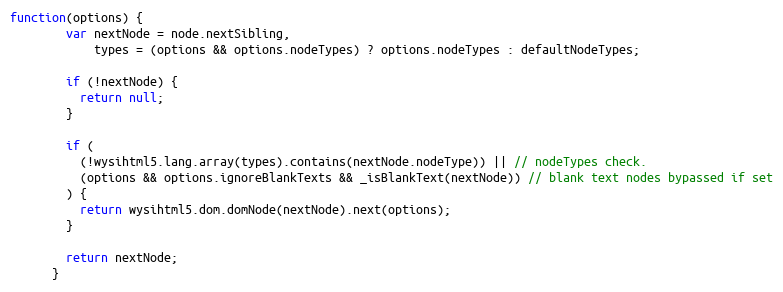
Language: JavaScript
function(options) {
        var nextNode = node.nextSibling,
            types = (options && options.nodeTypes) ? options.nodeTypes : defaultNodeTypes;

        if (!nextNode) {
          return null;
        }

        if (
          (!wysihtml5.lang.array(types).contains(nextNode.nodeType)) || // nodeTypes check.
          (options && options.ignoreBlankTexts && _isBlankText(nextNode)) // blank text nodes bypassed if set
        ) {
          return wysihtml5.dom.domNode(nextNode).next(options);
        }

        return nextNode;
      }